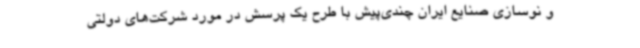
و نوسازی صنایع ایران چندی‌پیش با طرح یک پرسش در مورد شرکت‌های دولتی